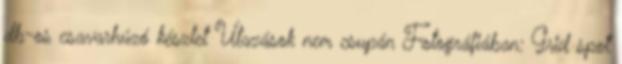
db-os csavarhúzó készlet Utazások nem csupán Fotográfiában: Grid spot